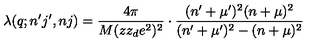
\lambda ( q ; n ^ { \prime } j ^ { \prime } , n j ) = \frac { 4 \pi } { M ( z z _ { d } e ^ { 2 } ) ^ { 2 } } \cdot \frac { ( n ^ { \prime } + \mu ^ { \prime } ) ^ { 2 } ( n + \mu ) ^ { 2 } } { ( n ^ { \prime } + \mu ^ { \prime } ) ^ { 2 } - ( n + \mu ) ^ { 2 } }